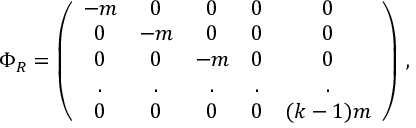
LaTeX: \Phi _ { R } = \left( \begin{array} { c c c c c } { { - m } } & { { 0 } } & { { 0 } } & { { 0 } } & { { 0 \nonumber } } \\ { { 0 } } & { { - m } } & { { 0 } } & { { 0 } } & { { 0 \nonumber } } \\ { { 0 } } & { { 0 } } & { { - m } } & { { 0 } } & { { 0 \nonumber } } \\ { { . } } & { { . } } & { { . } } & { { . } } & { { . \nonumber } } \\ { { 0 } } & { { 0 } } & { { 0 } } & { { 0 } } & { { ( k - 1 ) m } } \end{array} \right) \, ,